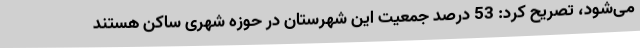
می‌شود، تصریح کرد: 53 درصد جمعیت این شهرستان در حوزه شهری ساکن هستند